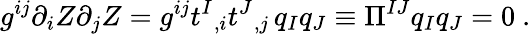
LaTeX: g^{ij}\partial_{i}Z\partial_{j}Z=g^{ij}t^{I}{}_{,i}t^{J}{}_{,j}\, q_{I}q_{J}\equiv\Pi^{IJ}q_{I}q_{J}=0\ .